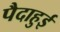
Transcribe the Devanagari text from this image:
पैदाहुई